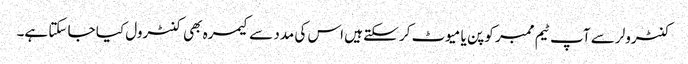
کنٹرولر سے آپ ٹیم ممبر کو پن یا میوٹ کر سکتے ہیں اس کی مدد سے کیمرہ بھی کنٹرول کیا جا سکتا ہے۔